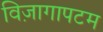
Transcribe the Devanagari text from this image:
विज़ागापटम